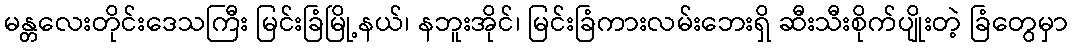
မန္တလေးတိုင်းဒေသကြီး မြင်းခြံမြို့နယ်၊ နဘူးအိုင်၊ မြင်းခြံကားလမ်းဘေးရှိ ဆီးသီးစိုက်ပျိုးတဲ့ ခြံတွေမှာ